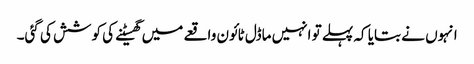
انہوں نے بتایا کہ پہلے تو انہیں ماڈل ٹائون واقعے میں گھسیٹنے کی کوشش کی گئی۔